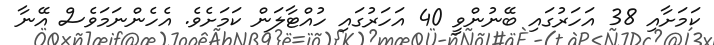
ކަމަށާއި 38 އަހަރުގައި ބޭނުންވީ 40 އަހަރުގައި ހުއްޓާލަން ކަމަށެވެ. އެހެންނަމަވެސް އޭނާ